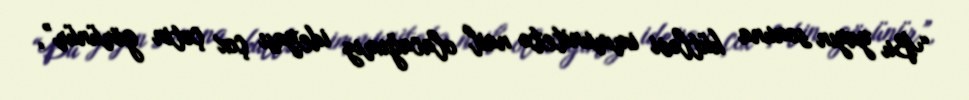
“Bu yayın sonuna kütləvi immunitetə nail olacağımız ideyası çox çətin görünür”,